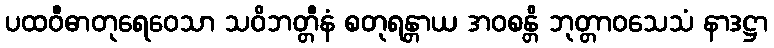
ပထဝီဓာတုရေဝေသာ သဝိဘတ္တီနံ စတုရန္တာယ အဝစန္တိ ဘုတ္တာဝသေသံ နာဒဋ္ဌာ